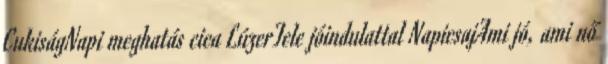
CukiságNapi meghatás cica LúzerTele jóindulattal NapicsajAmi jó, ami nő